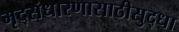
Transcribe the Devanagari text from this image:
मृद्संधारणासाठीसुद्धा